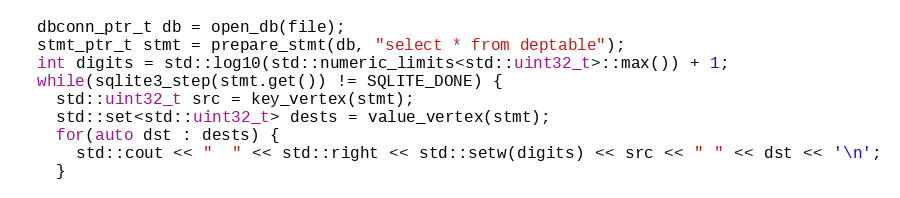
Language: C++
  dbconn_ptr_t db = open_db(file);
  stmt_ptr_t stmt = prepare_stmt(db, "select * from deptable");
  int digits = std::log10(std::numeric_limits<std::uint32_t>::max()) + 1;
  while(sqlite3_step(stmt.get()) != SQLITE_DONE) {
    std::uint32_t src = key_vertex(stmt);
    std::set<std::uint32_t> dests = value_vertex(stmt);
    for(auto dst : dests) {
      std::cout << "  " << std::right << std::setw(digits) << src << " " << dst << '\n';
    }